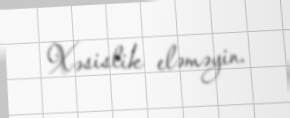
Xəsislik eləməyin.